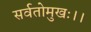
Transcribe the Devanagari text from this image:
सर्वतोमुखः।।